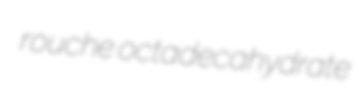
rouche octadecahydrate